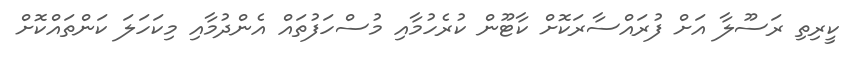
ކީރިތި ރަސޫލާ އަށް ފުރައްސާރަކޮށް ކާޓޫން ކުރެހުމާއި މުސްހަފުތައް އެންދުމާއި މިކަހަލަ ކަންތައްކޮށް